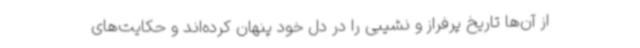
از آن‌ها تاریخ پرفراز و ‌نشیبی را در دل خود پنهان کرده‌اند و حکایت‌های